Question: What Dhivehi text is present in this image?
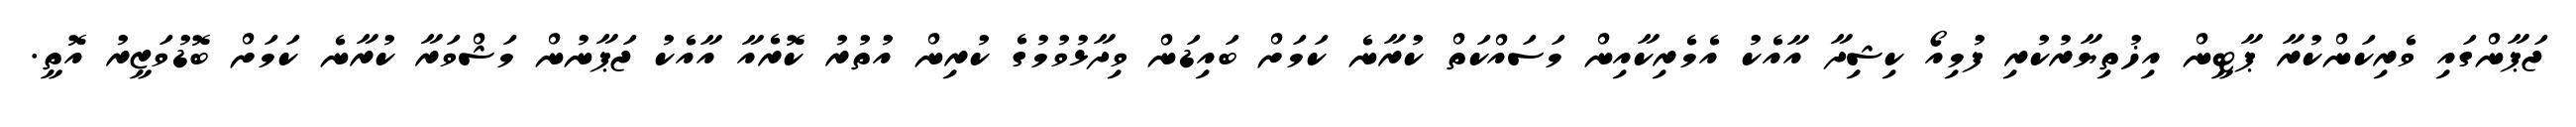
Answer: ޖަޕާންގައި ވެރިކަންކުރާ ޕާޓީން އިޚުތިޔާރުކުރި ފުމިއޯ ކިޝިދާ އާއެކު އެމެރިކާއިން މަސައްކަތް ކުރާނެ ކަމަށް ބައިޑަން ވިދާޅުވުމުގެ ކުރިން އުތުރު ކޮރެއާ އާއެކު ޖަޕާނުން މަޝްވަރާ ކުރާނެ ކަމަށް ބޮޑުވަޒީރު އޮތީ.